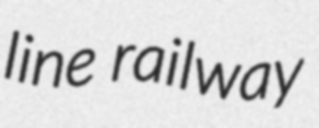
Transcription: line railway